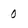
Character: 0